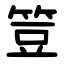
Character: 䇺